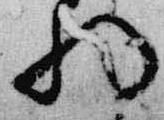
将